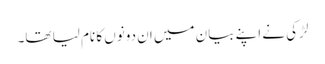
لڑکی نے اپنے بیان میں ان دونوں کا نام لیا تھا۔